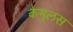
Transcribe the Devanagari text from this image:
कैमुलस